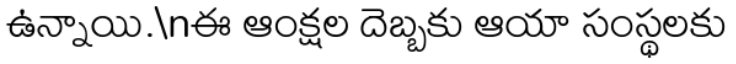
ఉన్నాయి.\nఈ ఆంక్షల దెబ్బకు ఆయా సంస్థలకు